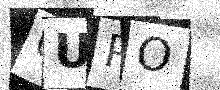
Text: 0UPO